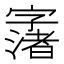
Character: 𱚂